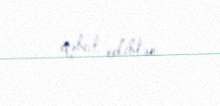
qəbul ediblər.